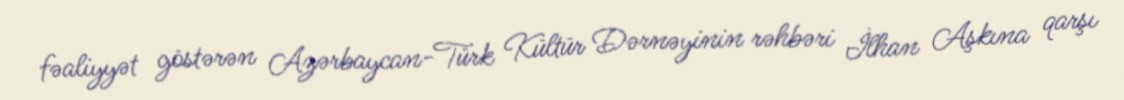
fəaliyyət göstərən Azərbaycan-Türk Kültür Dərnəyinin rəhbəri İlhan Aşkına qarşı